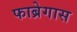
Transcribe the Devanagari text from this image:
फाब्रेगास